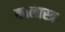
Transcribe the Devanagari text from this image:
कालास्त्र